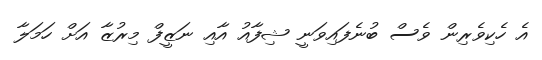
އެ ހެކިވެރިން ވެސް ބުނެފައިވަނީ ޝިފާއު އާއި ނަޒީފް މިރުޒާ އަށް ހަމަލާ